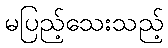
မပြည့်သေးသည့်